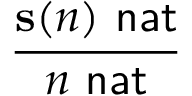
\frac { \mathbf { s ( } n \mathbf { ) } \, \, { \mathsf { n a t } } } { n \, \, { \mathsf { n a t } } }